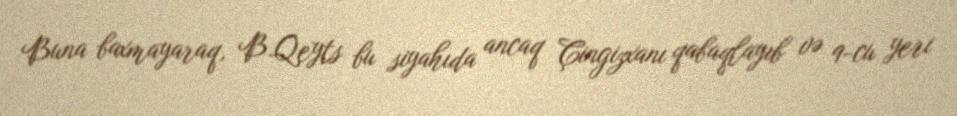
Buna baxmayaraq, B.Qeyts bu siyahıda ancaq Çingizxanı qabaqlayıb və 9-cu yeri